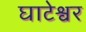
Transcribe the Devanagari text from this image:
घाटेश्वर